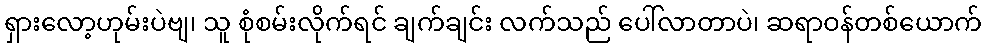
ရှားလော့ဟုမ်းပဲဗျ၊ သူ စုံစမ်းလိုက်ရင် ချက်ချင်း လက်သည် ပေါ်လာတာပဲ၊ ဆရာဝန်တစ်ယောက်